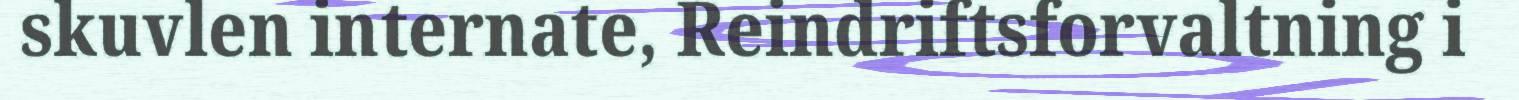
skuvlen internate, Reindriftsforvaltning i